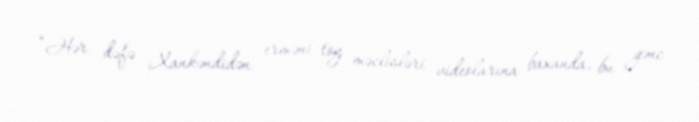
“Hər dəfə Xankəndidən erməni toy məclisləri videolarına baxanda, bu gənc